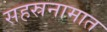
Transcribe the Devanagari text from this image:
सहस्रनामात